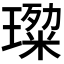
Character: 𭹷